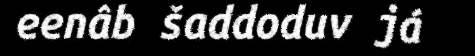
eenâb šaddoduv já